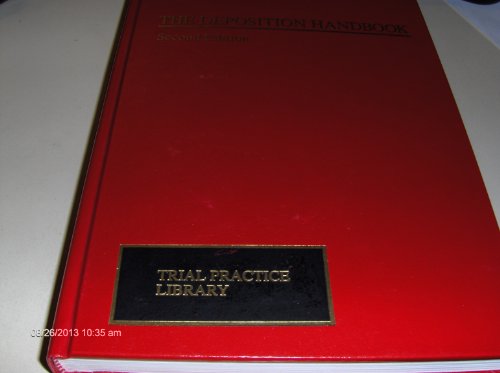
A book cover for The deposition handbook: Strategies, tactics, and mechanics; Dennis R. Suplee; Law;